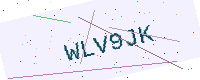
Text: WLV9JK